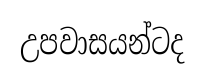
උපවාසයන්ටද